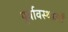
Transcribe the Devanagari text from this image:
पूर्वावस्थाओं